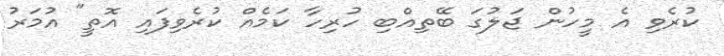
ކުރެވި އެ މީހުން ޖަލުގަ ބޭތިއްބި ހުރިހާ ކަމެއް ކުރެވިފައި އޮތީ" އުމަަރު